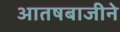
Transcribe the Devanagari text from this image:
आतषबाजीने